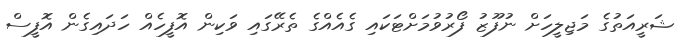
ޝަރީއަތުގެ މަޖިލީހަށް ނުފޫޒު ފޯރުވުމަށްޓަކައި ގެއެއްގެ ތެރޭގައި ވަކިން އޮފީހެއް ހަދައިގެން އޮފީސް